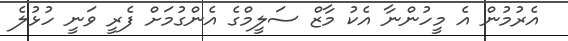
އެރުމުން އެ މީހުންނާ އެކު މާޒް ސަލީމްގެ އެންގުމަށް ފެރީ ވަނީ ހުޅުލެ